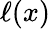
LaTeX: \ell(x)